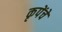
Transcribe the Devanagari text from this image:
कृपेंचे